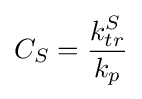
C_{S}={\frac {k_{tr}^{S}}{k_{p}}}